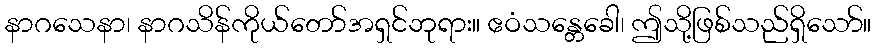
နာဂသေနာ၊ နာဂသိန်ကိုယ်တော်အရှင်ဘုရား။ ဧဝံသန္တေခေါ၊ ဤသို့ဖြစ်သည်ရှိသော်။